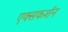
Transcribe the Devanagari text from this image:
एक्सकर्शन